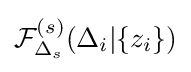
{\mathcal {F}}_{\Delta _{s}}^{(s)}(\Delta _{i}|\{z_{i}\})